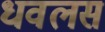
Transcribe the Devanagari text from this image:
धवलस